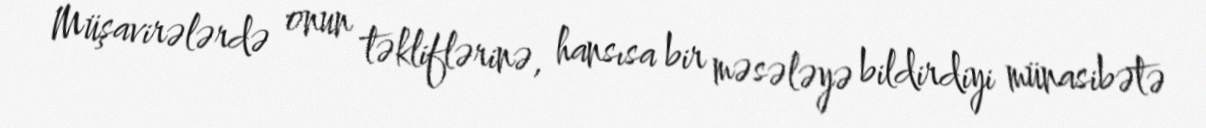
Müşavirələrdə onun təkliflərinə, hansısa bir məsələyə bildirdiyi münasibətə